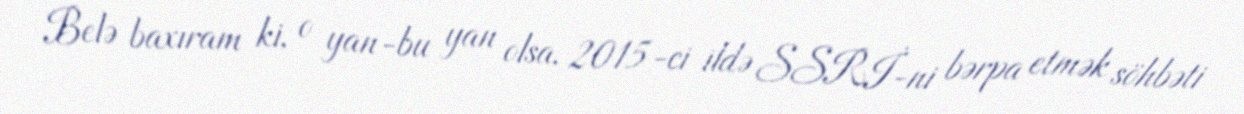
Belə baxıram ki, o yan-bu yan olsa, 2015-ci ildə SSRİ-ni bərpa etmək söhbəti